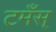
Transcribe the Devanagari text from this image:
टमँस्